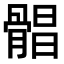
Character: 𩩫